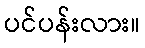
ပင်ပန်းလား။